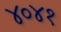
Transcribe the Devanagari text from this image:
४०४१